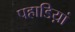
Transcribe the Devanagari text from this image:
पहाडिय़ां